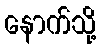
နောက်သို့